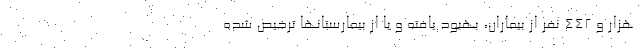
هزار و ۴۴۲ نفر از بیماران، بهبود یافته و یا از بیمارستانها ترخیص شده